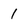
Character: 1